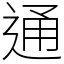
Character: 通